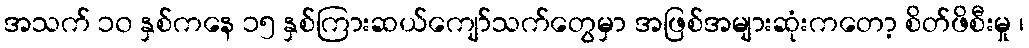
အသက် ၁၀ နှစ်ကနေ ၁၅ နှစ်ကြားဆယ်ကျော်သက်တွေမှာ အဖြစ်အများဆုံးကတော့ စိတ်ဖိစီးမှု ၊